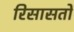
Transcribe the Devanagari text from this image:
रिसासतों